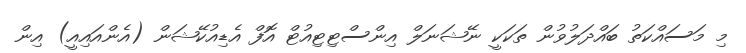
މި މަސައްކަތު ބައްދަލުވުން ތަކަކީ ނޭޝަނަލް އިންސްޓިޓިއުޓް އޮފް އެޑިއުކޭޝަން (އެންއައިއީ) އިން